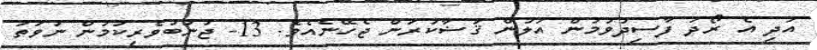
އަދި އެ ރޯދަ ފާސިދުވުމުން އަލުން ޤަޟާކުރަން ޖެހޭނެއެވެ. 13- ޖުނުބުވެރިކަމުން ނުވަތަ